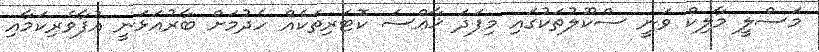
މަސްލީ މާލިކް ވަނީ ސްކޫލުތަކުގައި މިފަދަ ޚާޢްސަ ކޮޓަރިތަކެއް ހެދުމަށް ބާރުއަޅަނީ އުފާވެރިކަމާއި